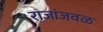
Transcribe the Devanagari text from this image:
राजांजवळ